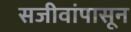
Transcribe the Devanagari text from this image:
सजीवांपासून